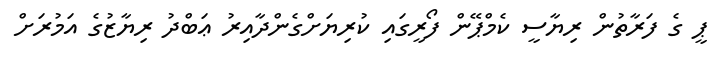
ޕީ ގެ ފަރާތުން ރިޔާސީ ކެމްޕޭން ފޯރީގައި ކުރިޔަށްގެންދާއިރު ޢަބްދު ރިޔާޒުގެ އަމުރަށް